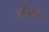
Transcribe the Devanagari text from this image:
ज़ोंगखाग